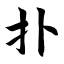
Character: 扑